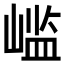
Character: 𫶊